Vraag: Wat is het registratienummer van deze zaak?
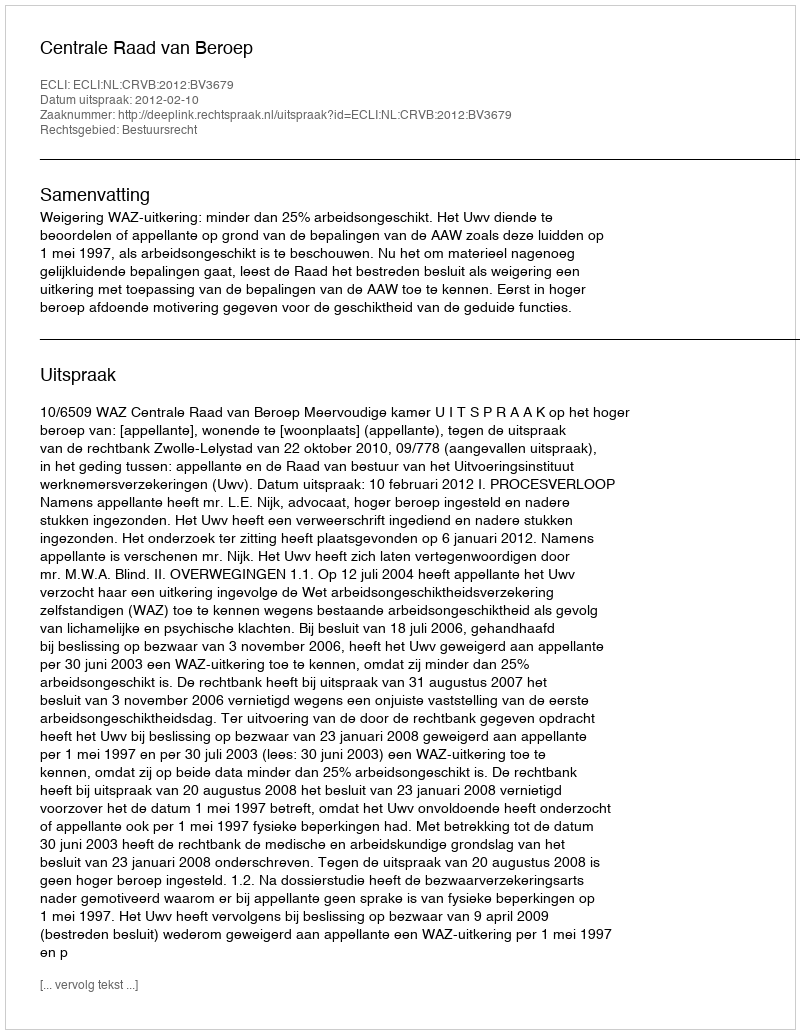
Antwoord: http://deeplink.rechtspraak.nl/uitspraak?id=ECLI:NL:CRVB:2012:BV3679